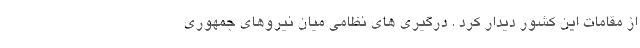
از مقامات این کشور دیدار کرد . درگیری های نظامی میان نیروهای جمهوری